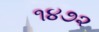
૧૪૭૨